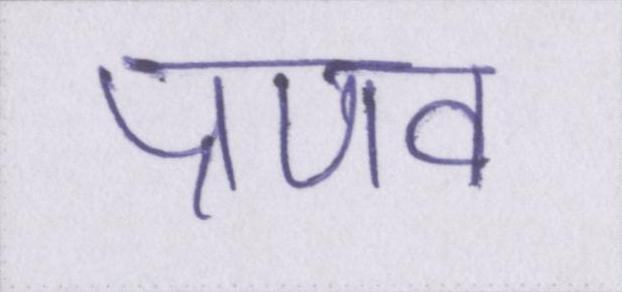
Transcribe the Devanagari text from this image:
प्रणव